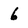
Character: 6